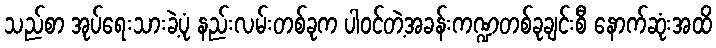
သည်စာ အုပ်ရေးသားခဲ့ပုံ နည်းလမ်းတစ်ခုက ပါဝင်တဲ့အခန်းကဏ္ဍတစ်ခုချင်းစီ နောက်ဆုံးအထိ